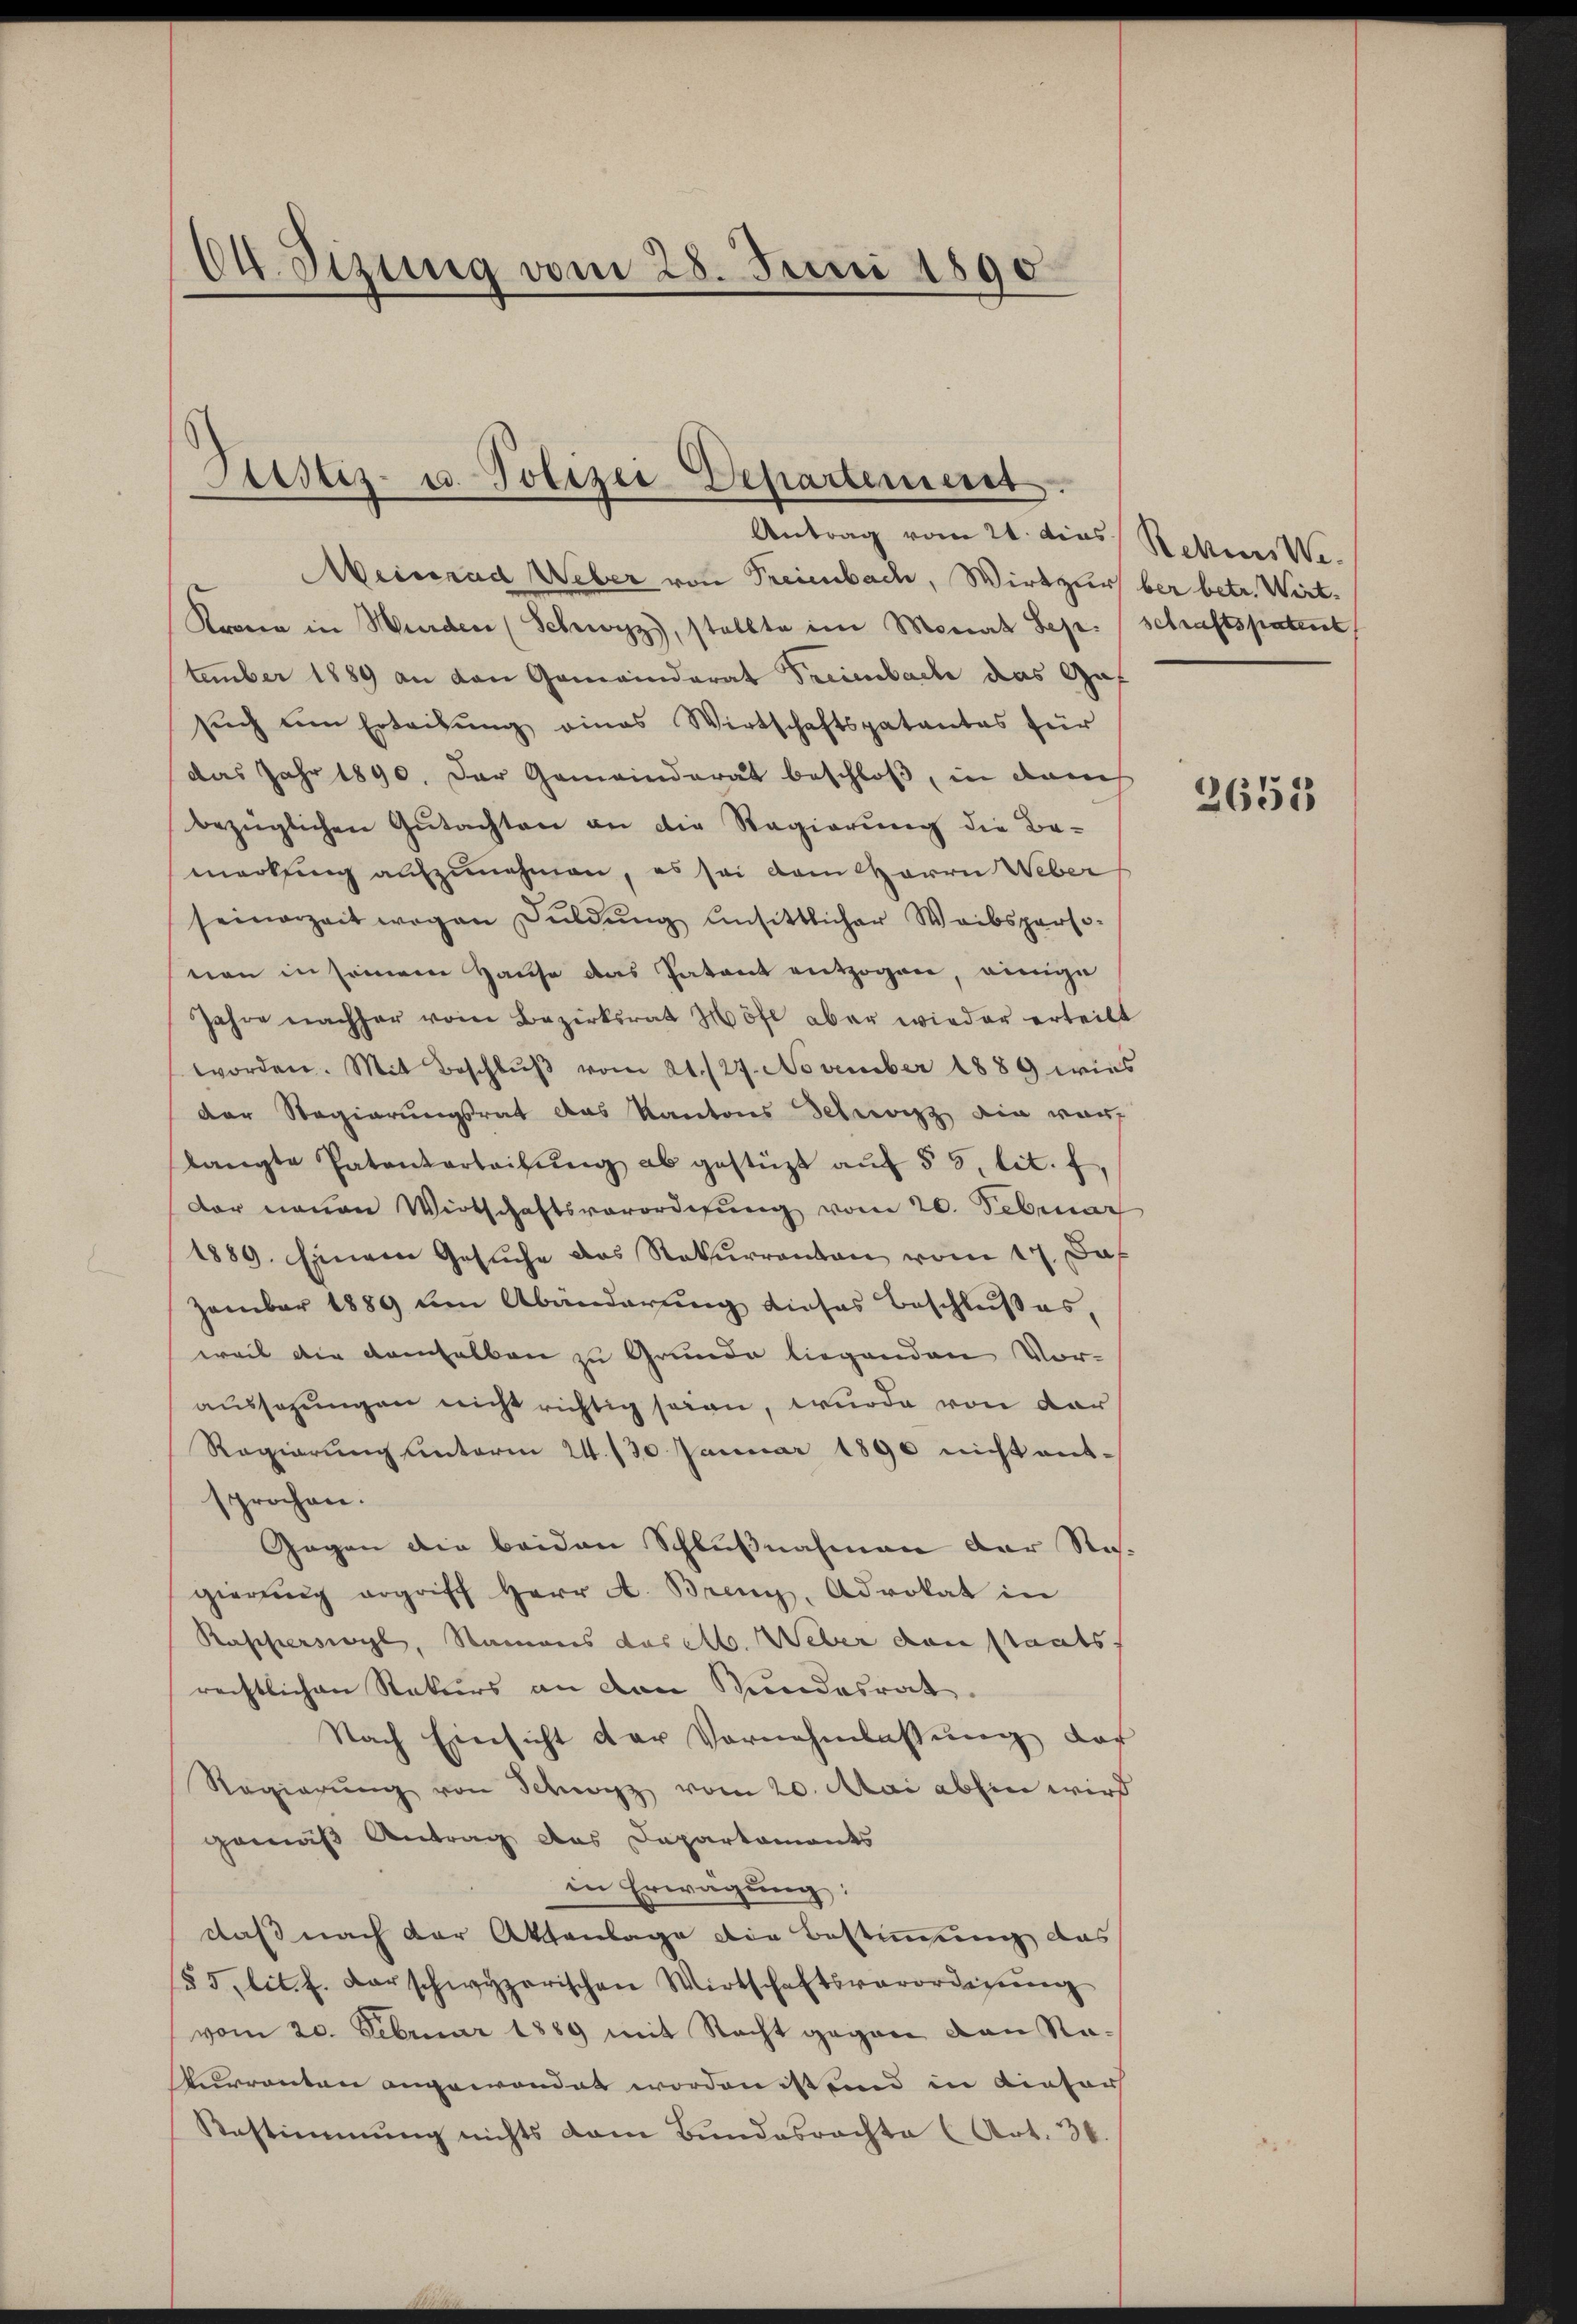
14. Sizung vom 28. Juni 1890

Justiz- u. Polizei Departement.

Antrag vom 21. dies Rekurs We
einrad Weber von Freienbach, Wirthur ber betr. Wirt-
Kronen in Werden (Schwyz, stellte im Monat Sep. schaftspatent
tember 1889 an den Gemeinderat Treimbach das Gaf
sŭch um Erteilŭng eines Wirtschaftspatentes für
das Jahr 1890. Der Gemeinderat beschloß, in dauch
bezüglichen Gutachten an die Regierung die Be-
merkung aufzunehmen, es sei dem Herrn Weber
seinerzeit wegen Dŭldŭng ansittlicher Weibsperso-
nen in seinem Hause das Patent entzogen, einige
Jahre nachher vom Bezirksrat Höfl aber wieder erteilt
worden. Mit Beschlŭβ vom 21. 127. November 1889 wies
der Regierungsrat das Kantons Schweiz die war,
langte Patenterteilŭng ab gestüzt aŭf § 5, lit. f,
dar neuen Wirtschaftsverordnung vom 20. Februar
1889. Einem Gesŭche das Rekurrenten vom 17. Ja
zember 1889 um Abänderung dieses Beschlußes,
weil die demselben zu Grunde liegenden Voraussagungen nicht richtig seien, wurde von der
Regierung unterm 24. 130 Januar 1890 nicht ent-
sprochen.
Gegen die beiden Schlußnahmen der Re-
gierŭng ergriff Herr A. Brenz, Advokat in
Rascherswyl, Namens das et. Weber den staats
rechtlichen Rekurs an den Stundesrat
Nach Einsicht der Vornahmlassŭng der
Regierŭng von Schwyz vom 20. Mai abhin wird
gemäß Antrag des Departaments
in Erwägung:
daß nach der Aktenlage die Bestimmung das
55, lit. f. darschwyzerischen Wirtschaftsverordnung
vom 20. Februar 1889 mit Nacht gegen von Rakurrenten angewendet worden ist und in Kiesor
Bestimmung nichts dem Bundesrachte (Art. 30.

2655